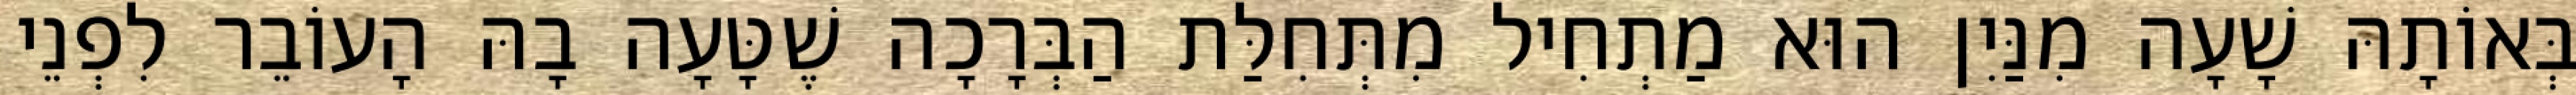
בְּאוֹתָהּ שָׁעָה מִנַּיִן הוּא מַתְחִיל מִתְּחִלַּת הַבְּרָכָה שֶׁטָּעָה בָהּ הָעוֹבֵר לִפְנֵי